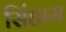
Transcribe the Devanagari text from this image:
सिंहास